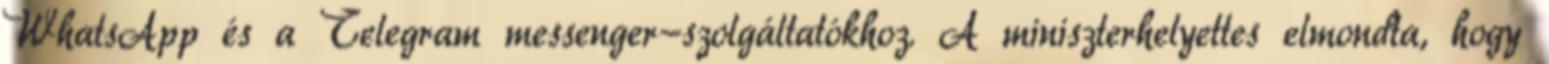
WhatsApp és a Telegram messenger-szolgáltatókhoz. A miniszterhelyettes elmondta, hogy